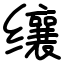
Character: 𬙋